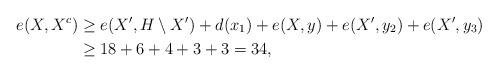
LaTeX: \begin{align*} e(X,X^c) &\ge e(X',H \setminus X') + d(x_1) + e(X, y) + e(X', y_2) + e(X', y_3) \\ &\ge 18 + 6 + 4 + 3 + 3 = 34, \end{align*}